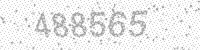
Solution: 488565